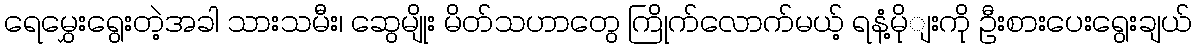
ရေမွှေးရွေးတဲ့အခါ သားသမီး၊ ဆွေမျိုး မိတ်သဟာတွေ ကြိုက်လောက်မယ့် ရနံ့မိုျးကို ဦးစားပေးရွေးချယ်